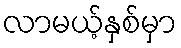
လာမယ့်နှစ်မှာ